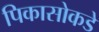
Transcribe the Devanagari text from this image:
पिकासोकडे